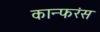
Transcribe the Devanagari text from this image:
कान्फरंस